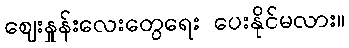
ဈေးနှုန်းလေးတွေရေး ပေးနိုင်မလား။